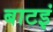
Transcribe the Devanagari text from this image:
बाटइं